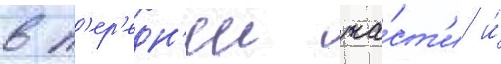
в п'ер'едн'еи ча́ст'и и́